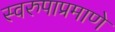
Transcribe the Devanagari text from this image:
स्वरुपाप्रमाणे